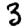
Digit: 3